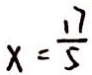
x = \frac { 1 7 } { 5 }